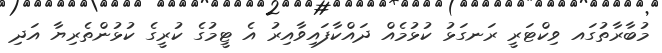
މުބާރާތުގައ ވިކްޓަރީ ރަނގަޅު ކުޅުމެއް ދައްކާފައިވާއިރު އެ ޓީމުގެ ކުރީގެ ކުޅުންތެރިޔާ އަދި